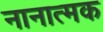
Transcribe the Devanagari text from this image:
नानात्मक